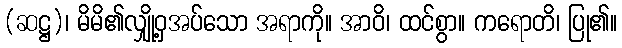
(ဆဋ္ဌ)၊ မိမိ၏လျှို့ဝှအပ်သော အရာကို။ အာဝိ၊ ထင်စွာ။ ကရောတိ၊ ပြု၏။